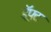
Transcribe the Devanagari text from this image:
ड्रॅफ्ट